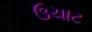
ઉચાટ